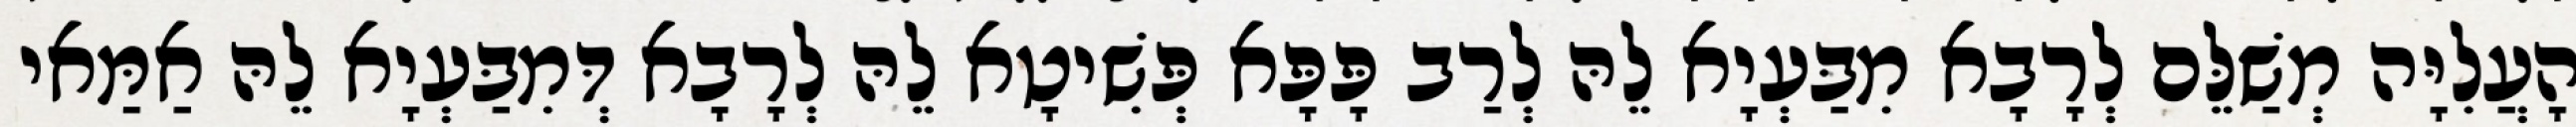
הָעֲלִיָּה מְשַׁלֵּם לְרָבָא מִבַּעְיָא לֵהּ לְרַב פָּפָּא פְּשִׁיטָא לֵהּ לְרָבָא דְּמִבַּעְיָא לֵהּ אַמַּאי